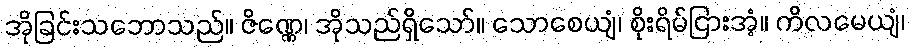
အိုခြင်းသဘောသည်။ ဇိဏ္ဏေ၊ အိုသည်ရှိသော်။ သောစေယျံ၊ စိုးရိမ်ငြားအံ့။ ကိလမေယျံ၊